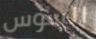
السوس